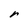
Character: r